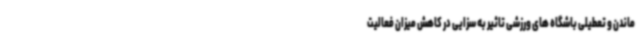
ماندن و تعطیلی باشگاه های ورزشی تاثیر به سزایی در کاهش میزان فعالیت